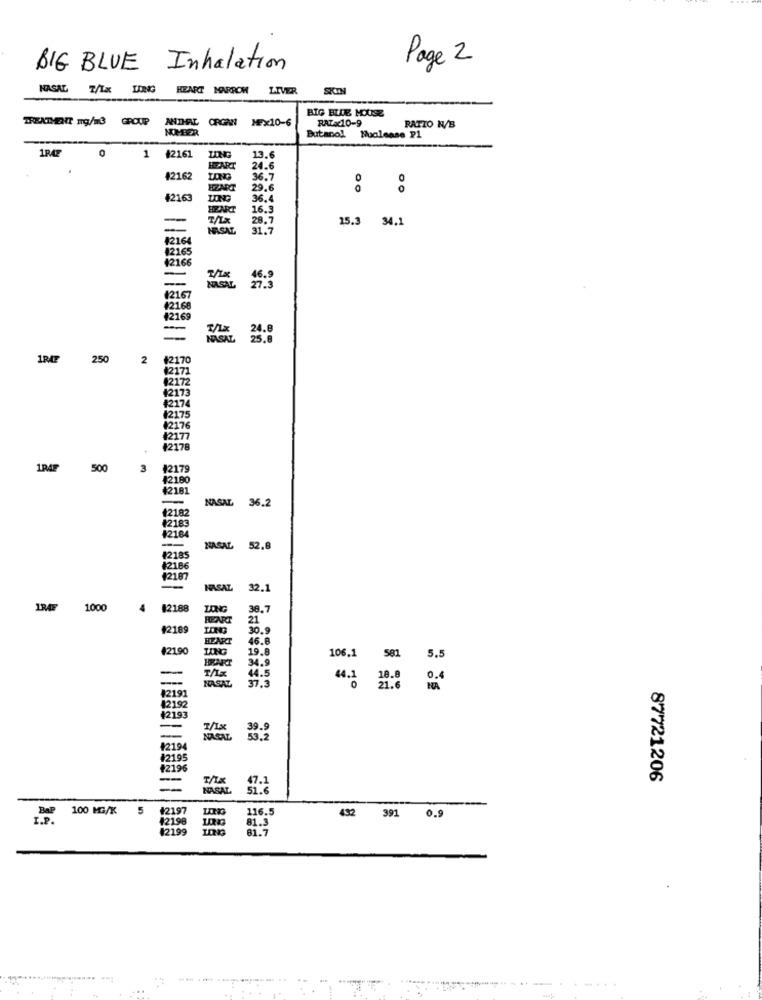
BIG BLUE
Inhalation
Page 2
HASAT
T/Ix LDING
HEART MARROM
LIVER
SKIN
BIG BLUE MOUSE
TREATMENT mg/M3 GROUP
ANTHAL ORGAN
MEX10-6
RATAc10-9
NPER
RATIO N/B
Butanol
Muolease P1
1RAZ
0
1 #2161
LONG
13.6
24.6
42162
LONG
36.7
HZART
29.6
42163
LONG
36.4
16.3
28.7
15.3 34.1
NASAL
31.7
4216
12165
42166
-
--
(2167
12168
42169
24.8
1RAT
250
2
42170
2171
42172
42173
#2174
#2175
42176
42177
#217
1PAP
500
3
42179
42190
42181
NASAL 36.2
#2182
#2184
12183
NASAL 52.8
#2185
#2186
42187
--
HASAT
32.1
134F
1000
4
42188
38.7
21
#2189
30.9
HEART
46.8
#21.90
LONG
19.8
106.1
581
34.9
5.5
-
T/Ix
NASAL
44.5
37.3
44.1
18.8
#2191
42192
42193
-
-
42194
#2195
#2196
T/Ix
47.1
87721206
=
NASAL
51.6
100 MG/X5
#2197
116.5
0.9
42198
432 391
#2199
81.3